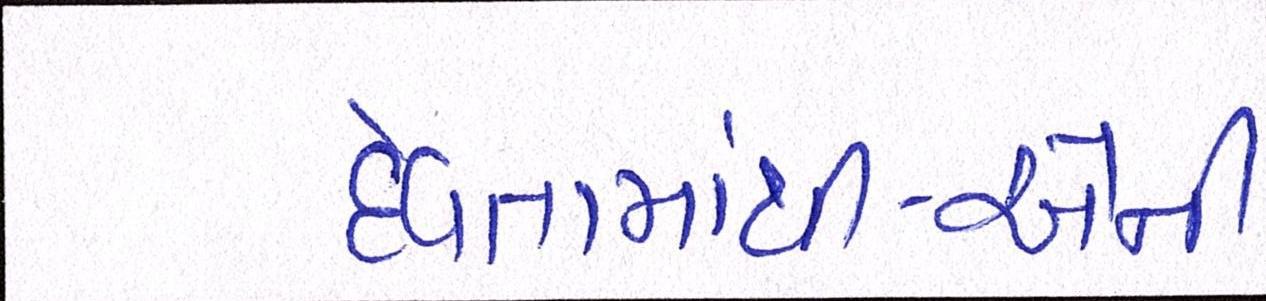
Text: દેવતામાંથી-એની